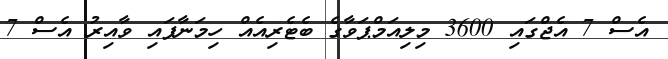
އެސް 7 އެޖްގައި 3600 މިލިއަމްޕަވާގެ ބެޓެރިއެއް ހިމަނާފައި ވާއިރު އެސް 7